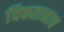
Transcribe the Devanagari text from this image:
विकतानाच